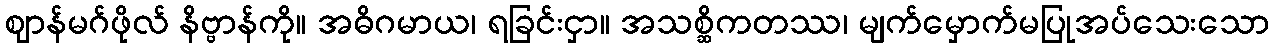
ဈာန်မဂ်ဖိုလ် နိဗ္ဗာန်ကို။ အဓိဂမာယ၊ ရခြင်းငှာ။ အသစ္ဆိကတဿ၊ မျက်မှောက်မပြုအပ်သေးသော